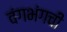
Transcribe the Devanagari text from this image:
वंगभंगची